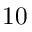
1 0